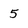
Character: 5